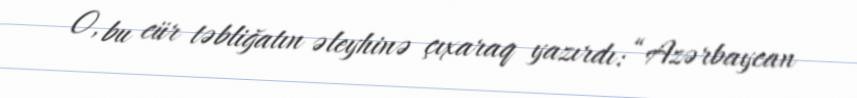
O, bu cür təbliğatın əleyhinə çıxaraq yazırdı: “Azərbaycan